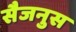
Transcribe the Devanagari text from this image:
सैजनुस